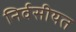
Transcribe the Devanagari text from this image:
निर्वसीयत